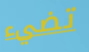
تضيء